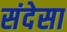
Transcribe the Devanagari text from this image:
संदेसा